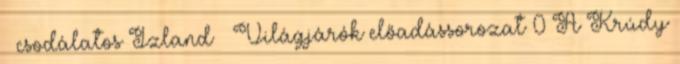
– csodálatos Izland – Világjárók előadássorozat 0 A Krúdy